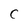
Character: C